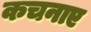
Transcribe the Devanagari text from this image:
कचनाए